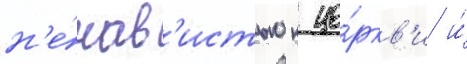
н'е́нав'истью к це́ркв'и и́